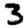
Digit: 3